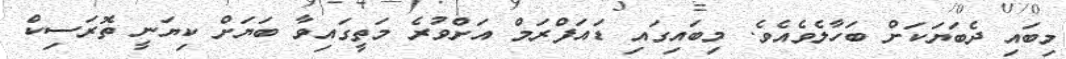
މިބައި ދެބަޔަކަށް ބަހާލެވެއެވެ. މިބައިގައި ޑައަފްރަމް އަށްވުރެ މަތީގައިވާ ބަޔަށް ކިޔަނީ ތޮރަސިކް